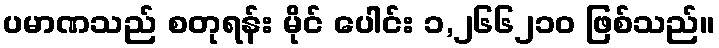
ပမာဏသည် စတုရန်း မိုင် ပေါင်း ၁,၂၆၆၂၁၀ ဖြစ်သည်။